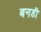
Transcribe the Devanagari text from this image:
बनडी